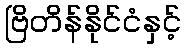
ဗြိတိန်နိုင်ငံနှင့်